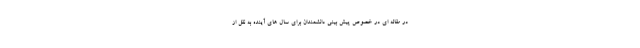
در مقاله ای در خصوص پیش بینی دانشمندان برای سال های آینده به نقل از